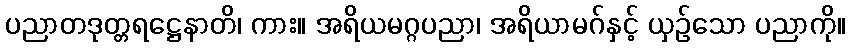
ပညာတဒုတ္တရဋ္ဌေနာတိ၊ ကား။ အရိယမဂ္ဂပညာ၊ အရိယာမဂ်နှင့် ယှဉ်သော ပညာကို။